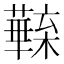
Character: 𣟦